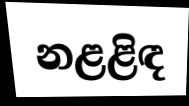
නළළිඳ